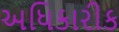
અધિકારીક